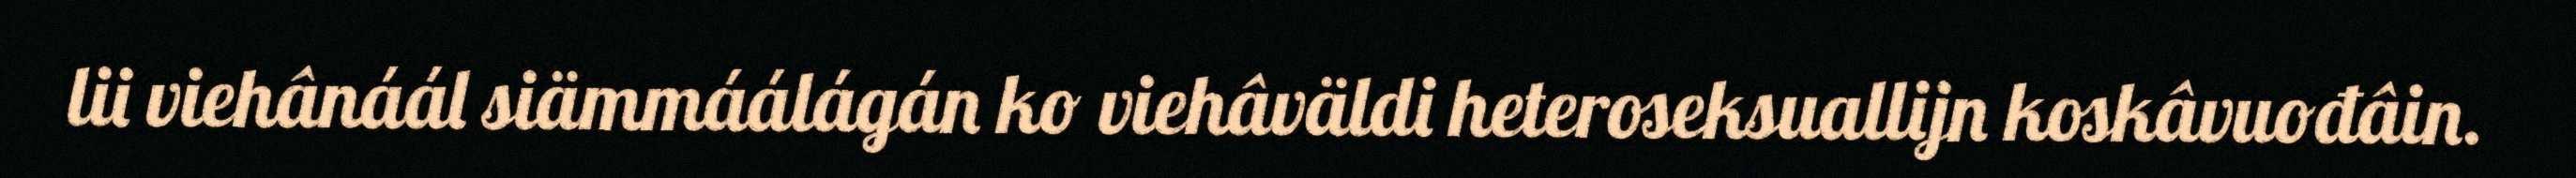
lii viehânáál siämmáálágán ko viehâväldi heteroseksuallijn koskâvuođâin.